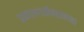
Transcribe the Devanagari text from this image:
प्रकाशगतीबद्दलच्या